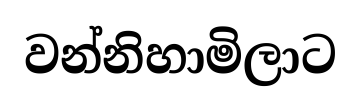
වන්නිහාමිලාට